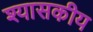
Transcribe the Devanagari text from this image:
श्यासकीय